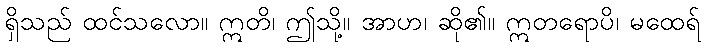
ရှိသည် ထင်သလော။ ဣတိ၊ ဤသို့။ အာဟ၊ ဆို၏။ ဣတရောပိ၊ မထေရ်